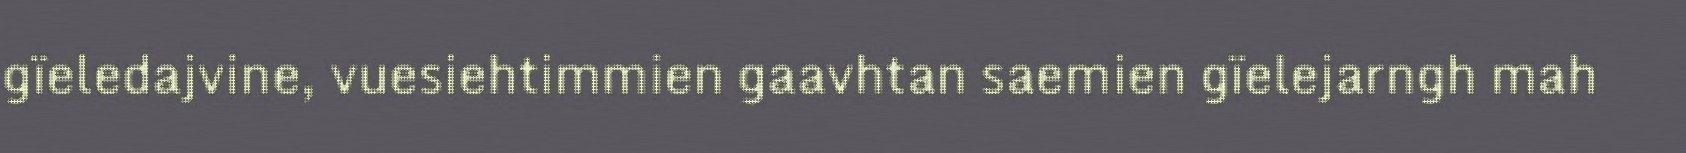
gïeledajvine, vuesiehtimmien gaavhtan saemien gïelejarngh mah